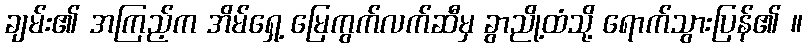
ချမ်း၏ အကြည့်က အိမ်ရှေ့ မြေကွက်လက်ဆီမှ ခွာညို့ထံသို့ ရောက်သွားပြန်၏ ။